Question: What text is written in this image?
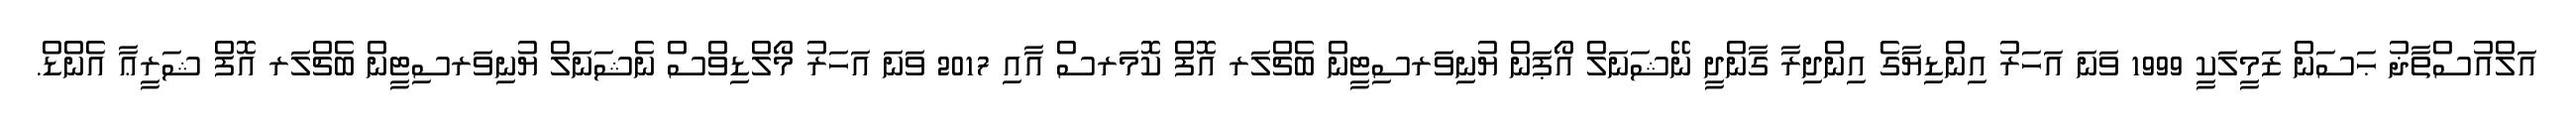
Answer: އަލްއުސްތާޛު ޙަސަން ޒަމީލަކީ 1999 ވަނަ އަހަރު އިންޑިޔާގެ އިންދިރާ ގާންދީ ނޭޝަނަލް އޯޕަން ޔުނިވަރސިޓީން ބެޗްލަރ އޮފް ކޮމަރސް އާއި 2017 ވަނަ އަހަރު މޯލްޑިވްސް ނެޝަނަލް ޔުނިވަރސިޓީން ބެޗްލަރ އޮފް ޝަރީޢާ އެންޑް.